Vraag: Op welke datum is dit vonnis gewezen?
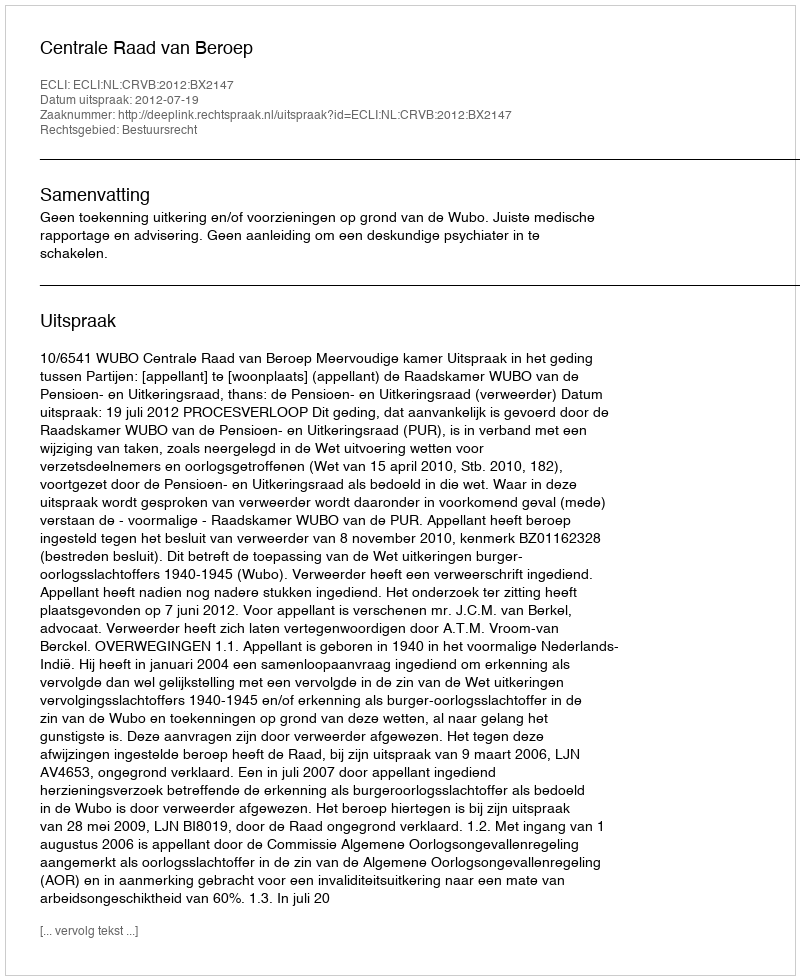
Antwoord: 2012-07-19